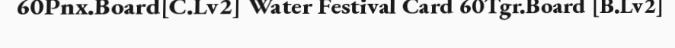
60Pnx.Board[C.Lv2] Water Festival Card 60Tgr.Board [B.Lv2]